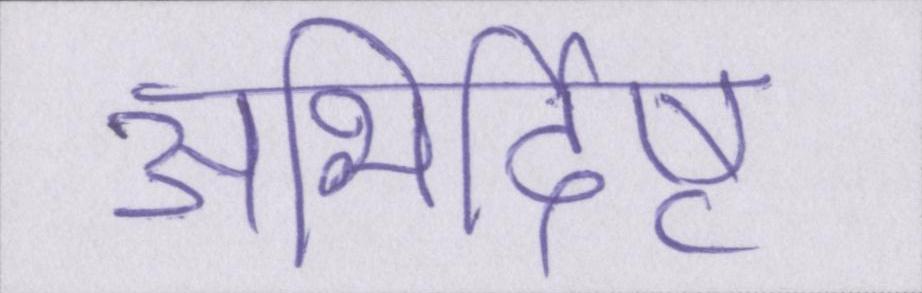
अभिर्दिष्ट